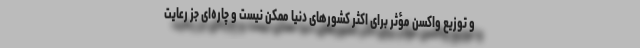
و توزیع واکسن مؤثر برای اکثر کشورهای دنیا ممکن نیست و چاره‌ای جز رعایت